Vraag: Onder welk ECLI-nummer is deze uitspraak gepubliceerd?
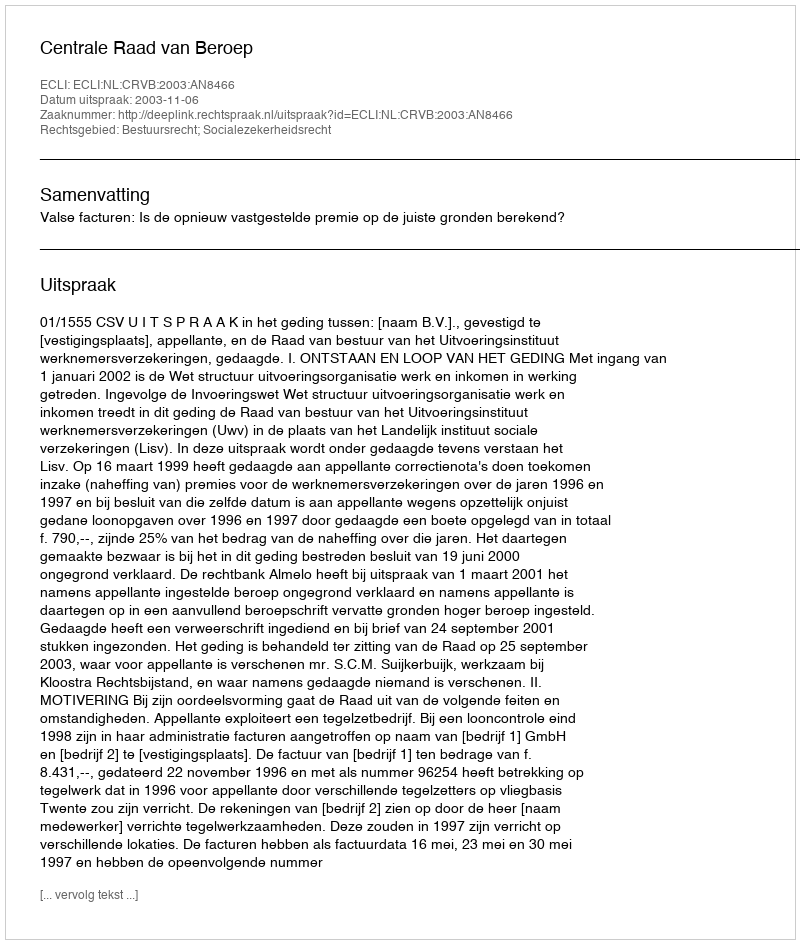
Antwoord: ECLI:NL:CRVB:2003:AN8466